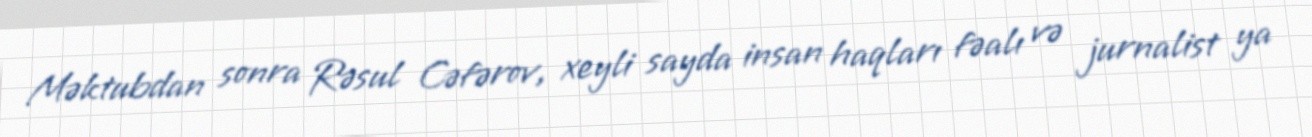
Məktubdan sonra Rəsul Cəfərov, xeyli sayda insan haqları fəalı və jurnalist ya